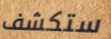
ستكشف